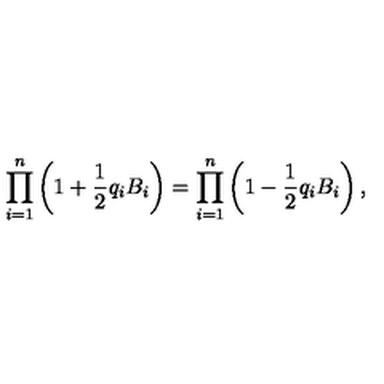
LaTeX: \prod _ { i = 1 } ^ { n } \left( 1 + { \frac { 1 } { 2 } } q _ { i } B _ { i } \right) = \prod _ { i = 1 } ^ { n } \left( 1 - { \frac { 1 } { 2 } } q _ { i } B _ { i } \right) ,